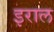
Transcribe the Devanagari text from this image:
इराल